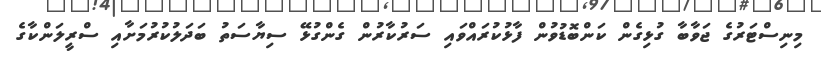
މިނިސްޓަރުގެ ޖަވާބާ ގުޅިގެން ކަންބޮޑުވުން ފާޅުކުރައްވައި ސަރުކާރުން ގެންގުޅޭ ސިޔާސަތު ބަދަލުކުރުމަށާއި ސްރީލަންކާގެ